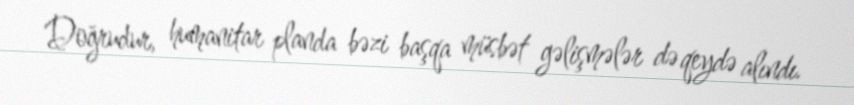
Doğrudur, humanitar planda bəzi başqa müsbət gəlişmələr də qeydə alındı.